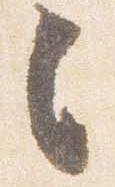
之